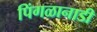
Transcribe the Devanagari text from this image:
पिंगळानाडी